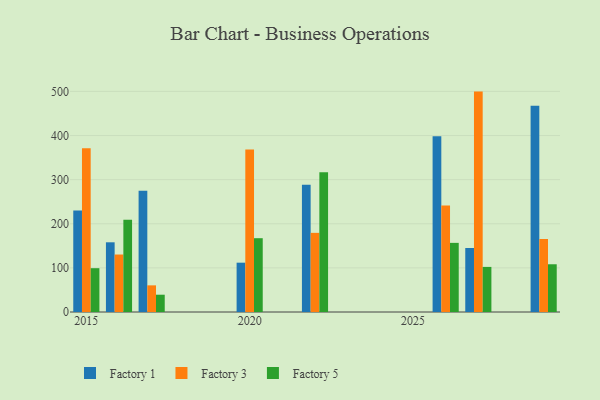
{"axis": {"x": "Year", "y": "Market Share (%)"}, "legend": ["Factory 1", "Factory 3", "Factory 5"], "data": [{"x": "2016", "y": 158.0, "type": "Factory 1"}, {"x": "2016", "y": 130.3, "type": "Factory 3"}, {"x": "2016", "y": 209.3, "type": "Factory 5"}, {"x": "2017", "y": 275.0, "type": "Factory 1"}, {"x": "2017", "y": 60.4, "type": "Factory 3"}, {"x": "2017", "y": 39.2, "type": "Factory 5"}, {"x": "2020", "y": 111.8, "type": "Factory 1"}, {"x": "2020", "y": 368.6, "type": "Factory 3"}, {"x": "2020", "y": 167.3, "type": "Factory 5"}, {"x": "2026", "y": 398.4, "type": "Factory 1"}, {"x": "2026", "y": 241.2, "type": "Factory 3"}, {"x": "2026", "y": 156.7, "type": "Factory 5"}, {"x": "2015", "y": 230.0, "type": "Factory 1"}, {"x": "2015", "y": 371.1, "type": "Factory 3"}, {"x": "2015", "y": 99.3, "type": "Factory 5"}, {"x": "2029", "y": 467.6, "type": "Factory 1"}, {"x": "2029", "y": 165.5, "type": "Factory 3"}, {"x": "2029", "y": 108.2, "type": "Factory 5"}, {"x": "2027", "y": 145.1, "type": "Factory 1"}, {"x": "2027", "y": 499.6, "type": "Factory 3"}, {"x": "2027", "y": 102.2, "type": "Factory 5"}, {"x": "2022", "y": 288.7, "type": "Factory 1"}, {"x": "2022", "y": 179.4, "type": "Factory 3"}, {"x": "2022", "y": 316.9, "type": "Factory 5"}]}